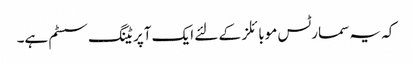
کہ یہ سمارٹس موبائلز کے لئے ایک آپریٹنگ سسٹم ہے۔